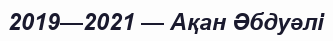
2019—2021 — Ақан Әбдуәлі